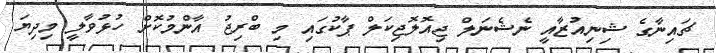
ޗައިނާގެ ޝިނިއުޒާއީ ނެޝެނަލް ޖިއޮލޮޖިކަލް ޕާކުގައި މި ބްރިޖު އާންމުކޮށް ހުޅުވާލީ މިދިޔަ